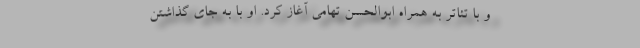
و با تئاتر به همراه ابوالحسن تهامی آغاز کرد. او با به‌ جای گذاشتن